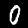
Label: 0